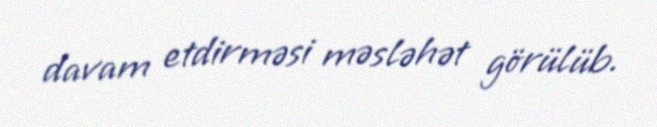
davam etdirməsi məsləhət görülüb.